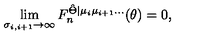
\lim _ { \sigma _ { i , i + 1 } \rightarrow \infty } F _ { n } ^ { \hat { \Theta } | \mu _ { i } \mu _ { i + 1 } \ldots } ( \theta ) = 0 ,